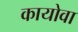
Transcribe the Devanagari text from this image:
कायोवा